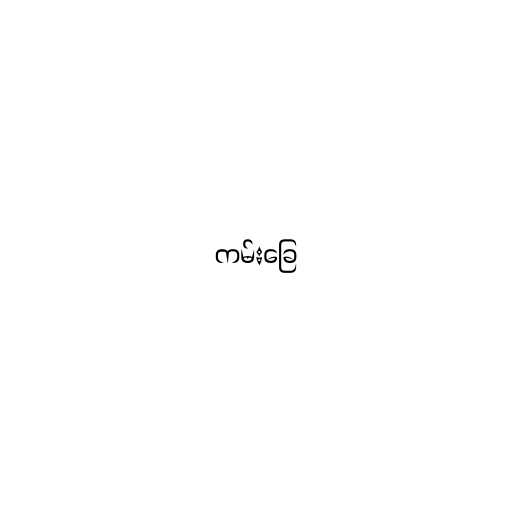
ကမ်းခြေ